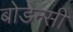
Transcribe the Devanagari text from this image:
बोडेन्सी